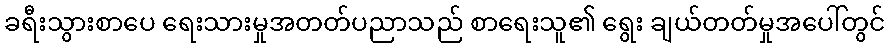
ခရီးသွားစာပေ ရေးသားမှုအတတ်ပညာသည် စာရေးသူ၏ ရွေး ချယ်တတ်မှုအပေါ်တွင်